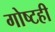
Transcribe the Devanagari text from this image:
गोष्टही